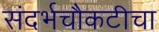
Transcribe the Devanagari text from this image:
संदर्भचौकटीचा